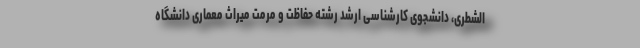
الشطری، دانشجوی کارشناسی ارشد رشته حفاظت و مرمت میراث معماری دانشگاه